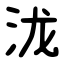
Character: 泷